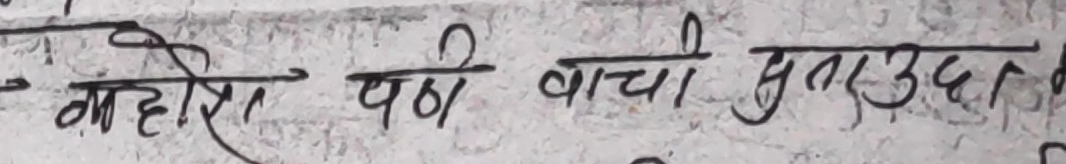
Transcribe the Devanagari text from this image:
महोरा पणि वाची मुतउद्धा